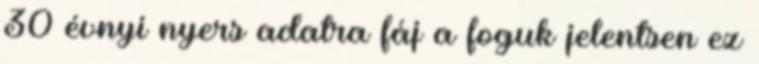
30 évnyi nyers adatra fáj a foguk jelentsen ez